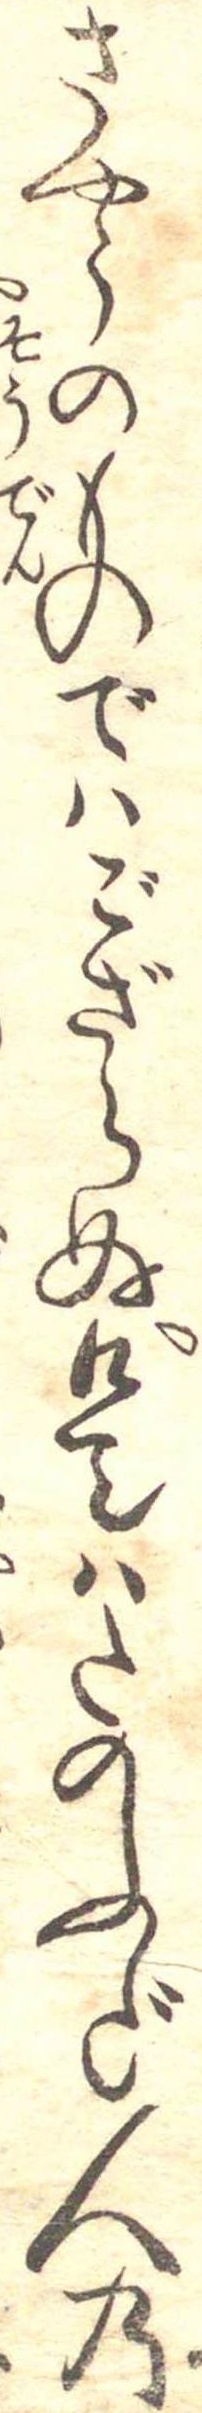
さやうのものではござらぬ是はたのふだ人の